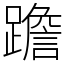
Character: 䠨